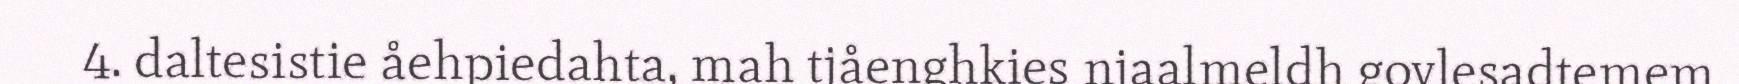
4. daltesistie åehpiedahta, mah tjåenghkies njaalmeldh govlesadtemem